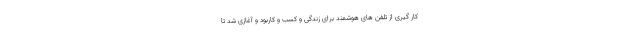
کار گیری از تلفن های هوشمند برای زندگی و کسب و کاربود و آغازی شد تا